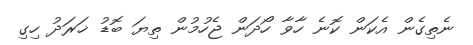
ނެތިގެން އެކަން ކޮނެ ހާވާ ހޯދަން ޖެހުމުން ތިޔަ ބޮޑު ޚަރަދު ހިގި